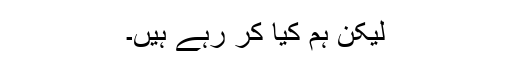
لیکن ہم کیا کر رہے ہیں۔